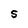
Character: S